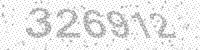
Solution: 326912